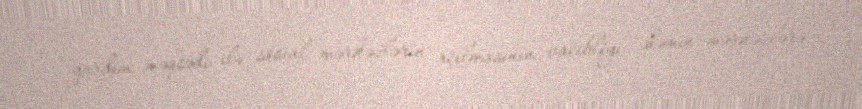
yardım məqsədi ilə sosial mərkəzlərin açılmasının vacibliyi ,həmin mərkəzlərə